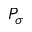
P _ { \sigma }